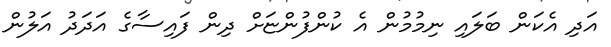
އަދި އެކަން ބަލައި ނިމުމުން އެ ކުންފުންޏަށް ދިން ފައިސާގެ އަދަދު އަލުން